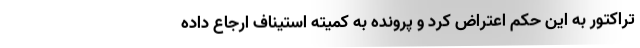
تراکتور به این حکم اعتراض کرد و پرونده به کمیته استیناف ارجاع داده